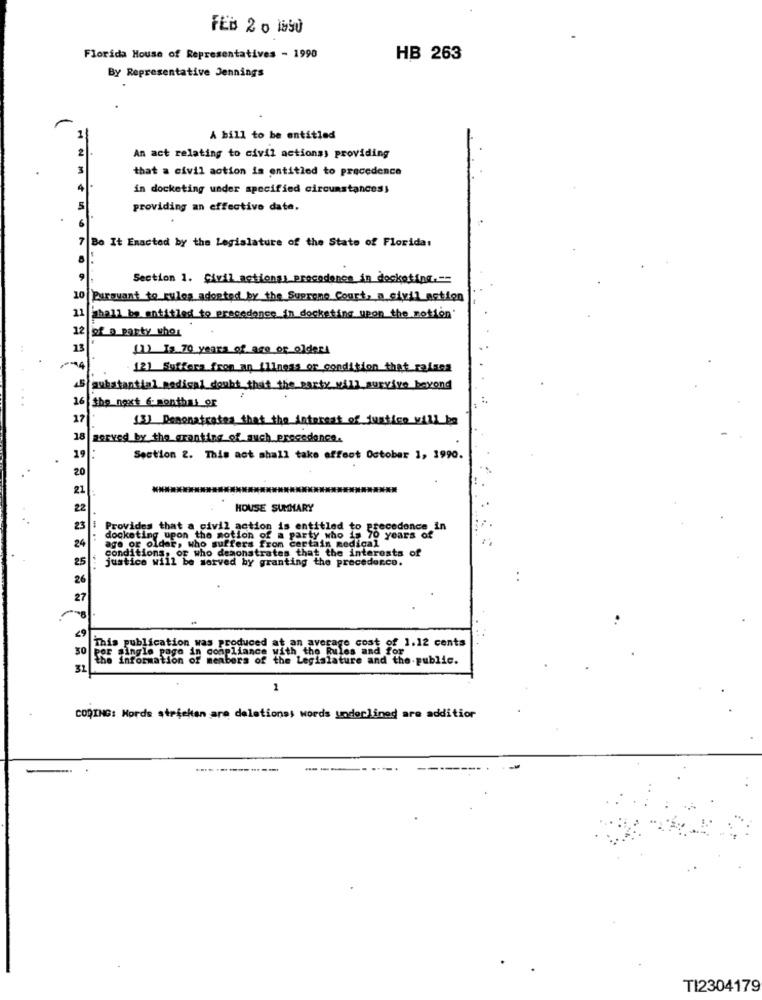
FEB 2 0 1050
Florida House of Representatives - 1990
HB 263
By Representative Jennings
A bill to be entitled
An act relating to civil actionss providing
that a civil action is entitled to precedence
in docketing under specified circumstancess
providing an effective date.
Bo It Enacted by the Legislature of the State of Florida:
...
Section 1. Civil actional procodonce in docketing .--
10
Pursuant to rules adopted by the Supreme Court, a civil action
21
shall be entitled to precedence in dockating upon the notion
of a party whos
13
(I) Is 70 years of age or older
12] Suffers from an illness or condition that raises
substantial medical doubt that the party will survive beyond
the next 6-monthal_or
(3] Demonstrates that the interest of justice will be
served by the granting of auch precedence.
19
Section 2. This act shall take offoot October 1, 1990.
HOUSE SUMMARY
.-
Provides that a civil action is entitled to precedence in
docketing upon the motion of a party who is 70 years of
age or older, who suffers from certain medical
conditions, OF
justice will be served by granting the proceder.co.
"F" OF who demonstrates that the interests of
.. .
This publication was produced at an average cost of 1.12 cents
In compliance with the Rules and for"
the Information of members of the Legislature and the public.
31
1
CODING: Nords strickan are delations words underlined are addition
-------.
TI2304179